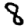
Digit: 8